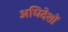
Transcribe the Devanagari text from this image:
अधिदेशों